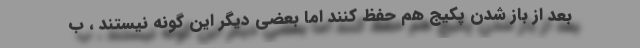
بعد از باز شدن پکیج هم حفظ کنند اما بعضی دیگر این گونه نیستند ، ب